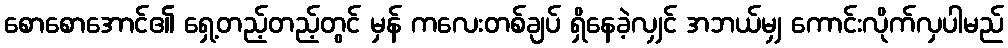
စောစောအောင်၏ ရှေ့တည့်တည့်တွင် မှန် ကလေးတစ်ချပ် ရှိနေခဲ့လျှင် အဘယ်မျှ ကောင်းလိုက်လှပါမည်